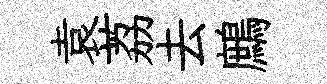
袁荔去鷓